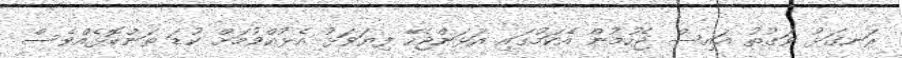
ރަނގަޅު ވަގުތު އައިސް ޖެހުމުން އެކަމުގައި އަޅަންޖެހޭ ފިޔަވަޅު އެޅުއްވުމަށް ކުޑަ ތަންކޮޅެއްވެސް